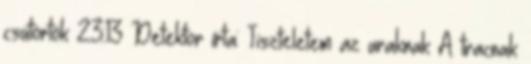
csütörtök 23:13 Detektor írta: Tiszteletem az uraknak A tracnak